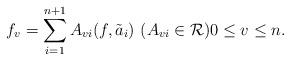
LaTeX: \begin{align*}f_v=\sum_{i=1}^{n+1}A_{vi}(f,\tilde a_{i})\ (A_{vi}\in\mathcal R)0\le v \le n.\end{align*}